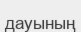
дауының